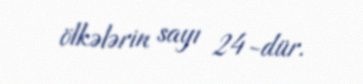
ölkələrin sayı 24-dür.